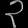
Digit: ၃